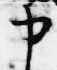
中